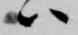
ハ